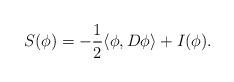
LaTeX: \begin{align*} S(\phi) = -\frac{1}{2}\langle \phi, D \phi \rangle + I(\phi).\end{align*}